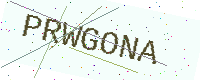
Text: PRWGONA